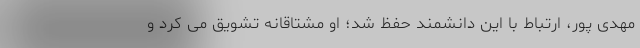
مهدی پور، ارتباط با این دانشمند حفظ شد؛ او مشتاقانه تشویق می کرد و